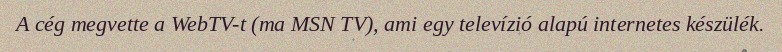
A cég megvette a WebTV-t (ma MSN TV), ami egy televízió alapú internetes készülék.